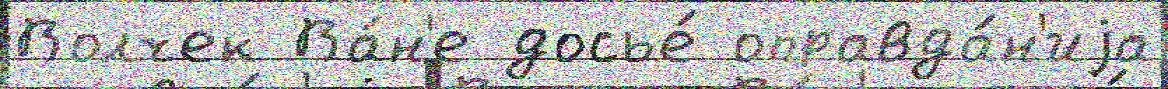
Волчек Ва́н'е досье́ оправда́н'иjа